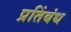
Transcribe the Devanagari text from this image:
प्रतिंबंध